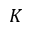
K